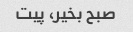
صبح بخیر، پیت